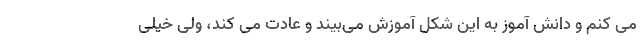
می کنم و دانش آموز به این شکل آموزش می‌بیند و عادت می کند، ولی خیلی